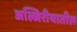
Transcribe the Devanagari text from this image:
अल्जिरीयातील